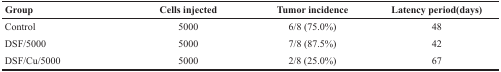
| Group | Cells injected | Tumor incidence | Latency period(days) |
 | --- | --- | --- | --- |
 | Control | 5000 | 6/8 (75.0%) | 48 |
 | DSF/5000 | 5000 | 7/8 (87.5%) | 42 |
 | DSF/Cu/5000 | 5000 | 2/8 (25.0%) | 67 |